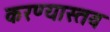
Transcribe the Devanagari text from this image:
करण्यास्तव